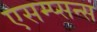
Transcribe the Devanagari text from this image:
एसम्प्सन्स